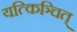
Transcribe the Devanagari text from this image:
यत्किञ्चित्